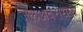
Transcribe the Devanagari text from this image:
जलअवरोधक